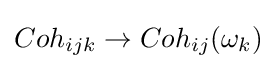
Coh_{ijk}\rightarrow Coh_{ij}(\omega _{k})